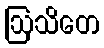
ဩသိတေ